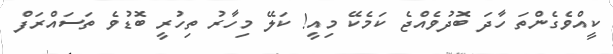
ކީއްވެގެންތަ ހާދަ ބޮދުވެއްޖެ ކަމެކޭ މިއީ! ކަލޭ މިހާރު ތިހުރީ ބޮޑުވެ ތަސައްރަފް